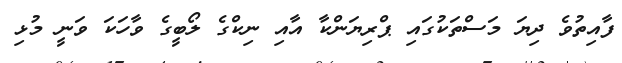
ފާއިތުވެ ދިޔަ މަސްތަކުގައި ޕްރިޔަންކާ އާއި ނިކްގެ ލޯބީގެ ވާހަކަ ވަނީ މުޅި